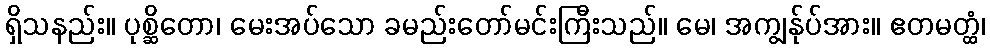
ရှိသနည်း။ ပုစ္ဆိတော၊ မေးအပ်သော ခမည်းတော်မင်းကြီးသည်။ မေ၊ အကျွန်ုပ်အား။ ဧတမတ္ထံ၊